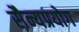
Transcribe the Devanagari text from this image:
सैन्यप्रयोग